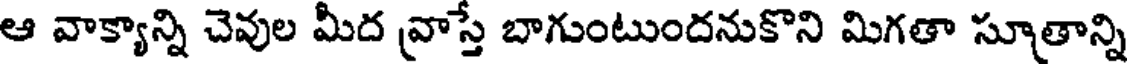
ఆ వాక్యాన్ని చెవుల మీద వ్రాస్తే బాగుంటుందనుకొని మిగతా సూత్రాన్ని